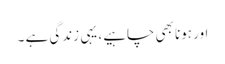
اور ہونا بھی چاہیے، یہی زندگی ہے ۔